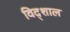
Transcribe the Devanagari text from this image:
विद्शाल